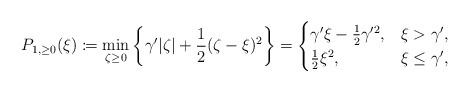
\begin{align*}P_{1,\ge0}(\xi)\coloneqq\min_{\zeta\ge0}\left\{\gamma'|\zeta|+\frac{1}{2}(\zeta-\xi)^2\right\}=\begin{cases}\gamma'\xi-\frac{1}{2}\gamma'^2, & \xi>\gamma',\\\frac{1}{2}\xi^2, & \xi\le\gamma',\end{cases}\end{align*}